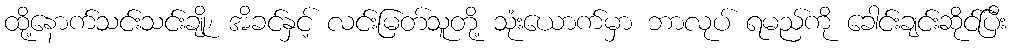
ထို့နောက်သင်းသင်းချို၊ အိခင်နှင့် လင်းမြတ်သူတို့ သုံးယောက်မှာ ဘာလုပ် ရမည်ကို ခေါင်းချင်းဆိုင်ပြီး